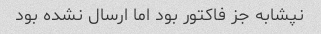
نپشابه جز فاکتور بود اما ارسال نشده بود